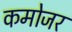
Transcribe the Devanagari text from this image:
कमोजर